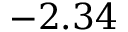
- 2 . 3 4